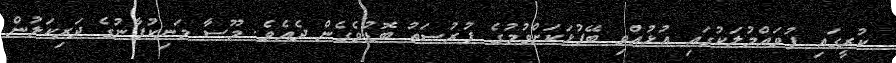
ކުރީގައި ފުވައްމުލަކުގައި އުޅުއްވި ބޭފުޅަކަށްވުމުގެ ފުރުޞަތު ބޮޑުވެގެން ދެއެވެ. މޫސާ މަނިކުފާނުގެ ދަރިކަލުން